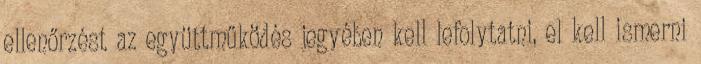
ellenőrzést az együttműködés jegyében kell lefolytatni, el kell ismerni